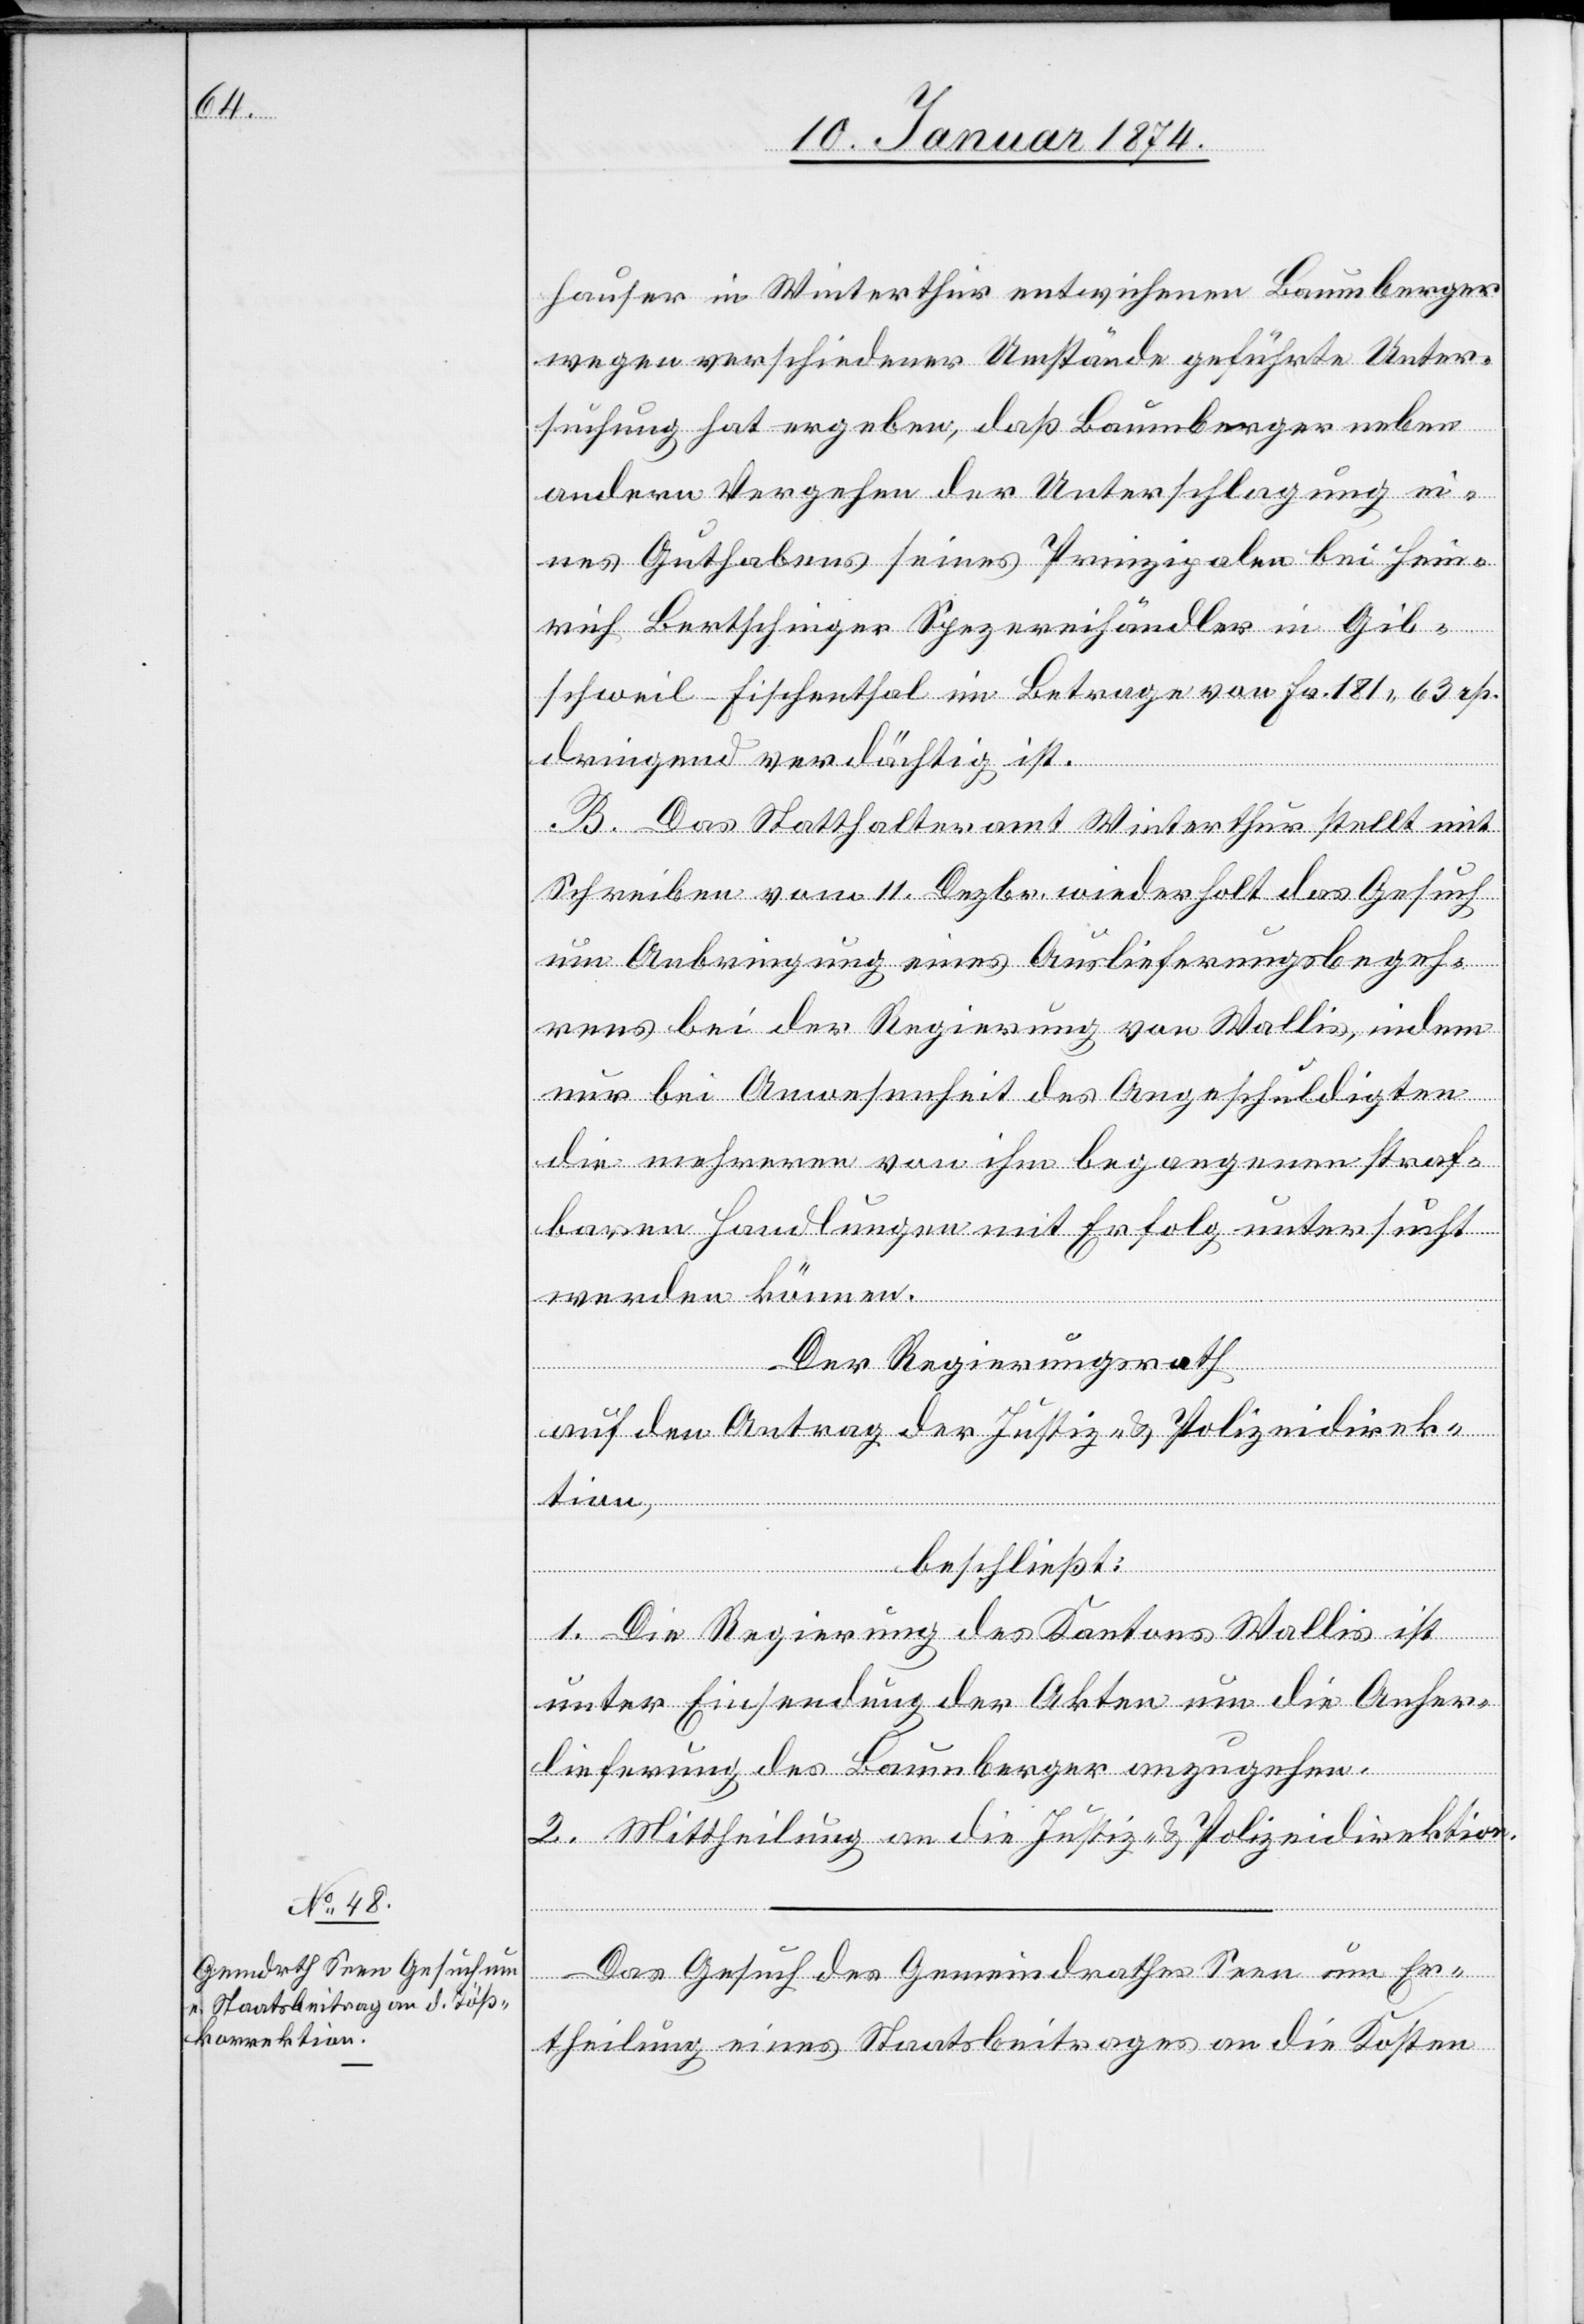
13. Januar 1874.]
hauser in Winterthur entwichenen Baumberger
wegen verschiedener Umstände geführte Unter¬
suchung hat ergeben, daß Baumberger neben
andern Vergehen der Unterschlagung ei¬
nes Guthabens seines Prinzipalen bei Hein¬
rich Bertschinger Spezereihändler in Gib¬
schweil Fischenthal im Betrage von Fr. 181.63 rp.
dringend verdächtig ist.
B. Das Statthalteramt Winterthur stellt mit
Schreiben vom 11. Dezbr. wiederholt das Gesuch
um Anbringung eines Auslieferungsbegeh¬
rens bei der Regierung von Wallis, indem
nur bei Anwesenheit des Angeschuldigten
die mehreren von ihm begangenen straf¬
baren Handlungen mit Erfolg untersucht
werden können.
Der Regierungsrath
auf den Antrag der Justiz- & Polizeidirek¬
tion,
beschließt:
1. Die Regierung des Kantons Wallis ist
unter Einsendung der Akten um die Anher¬
lieferung des Baumberger anzugehen.
2. Mittheilung an die Justiz- & Polizeidirektion.
Das Gesuch des Gemeindrathes Seen um Er¬
theilung eines Staatsbeitrages an die Kosten